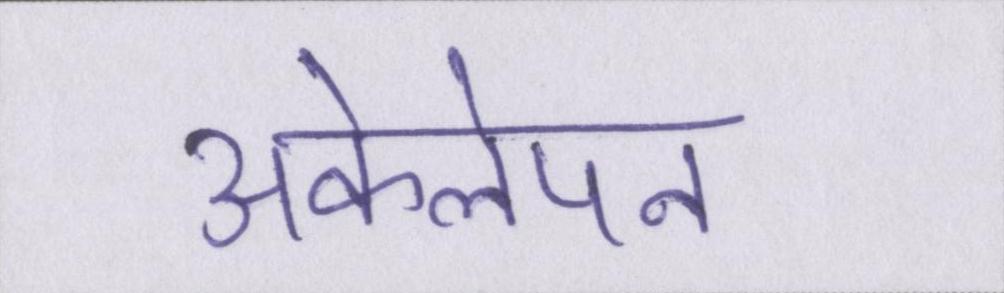
अकेलेपन